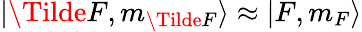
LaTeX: \lvert\Tilde{F},m_{\Tilde{F}}\rangle\approx\lvert F,m_{F}\rangle